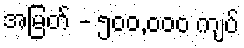
အမြတ် - ၅၀၀,၀၀၀ ကျပ်